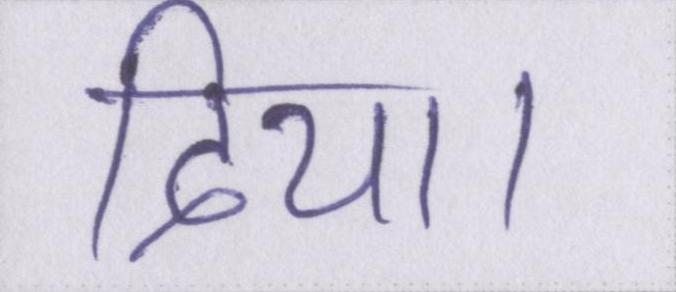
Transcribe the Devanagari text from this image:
दिया।